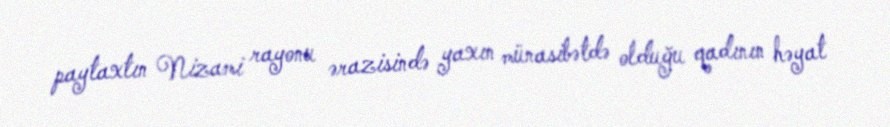
paytaxtın Nizami rayonu ərazisində yaxın münasibətdə olduğu qadının həyat